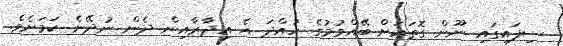
ސިފައިގައި ނޫން ގޮތަކަށް ބޭއްވުމުގެ ހުއްދަ އެ އިދާރާއިން ދެން ނުދޭނެ ކަމަށެވެ.